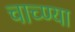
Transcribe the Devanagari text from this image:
चाच्ण्या